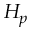
H _ { p }